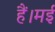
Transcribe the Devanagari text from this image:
हैं।मई